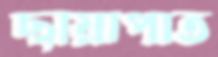
ছায়াপাত